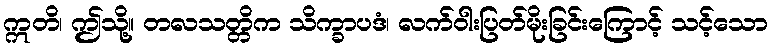
ဣတိ၊ ဤသို့။ တလသတ္တိက သိက္ခာပဒံ၊ လက်ဝါးပြတ်မိုးခြင်းကြောင့် သင့်သော